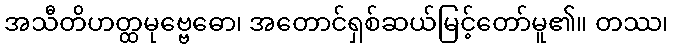
အသီတိဟတ္ထမုဗ္ဗေဓော၊ အတောင်ရှစ်ဆယ်မြင့်တော်မူ၏။ တဿ၊